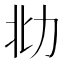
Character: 𰅋